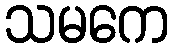
သမကေ